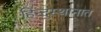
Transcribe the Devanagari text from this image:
हिन्दुस्थानात